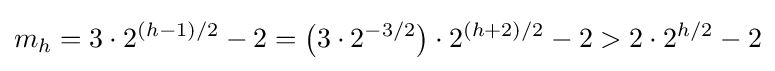
m_{h}=3\cdot 2^{(h-1)/2}-2={\bigl (}3\cdot 2^{-3/2}{\bigr )}\cdot 2^{(h+2)/2}-2>2\cdot 2^{h/2}-2